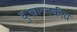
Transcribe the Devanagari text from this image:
दुःखान्तकीय